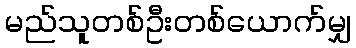
မည်သူတစ်ဦးတစ်ယောက်မျှ